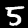
Digit: 5